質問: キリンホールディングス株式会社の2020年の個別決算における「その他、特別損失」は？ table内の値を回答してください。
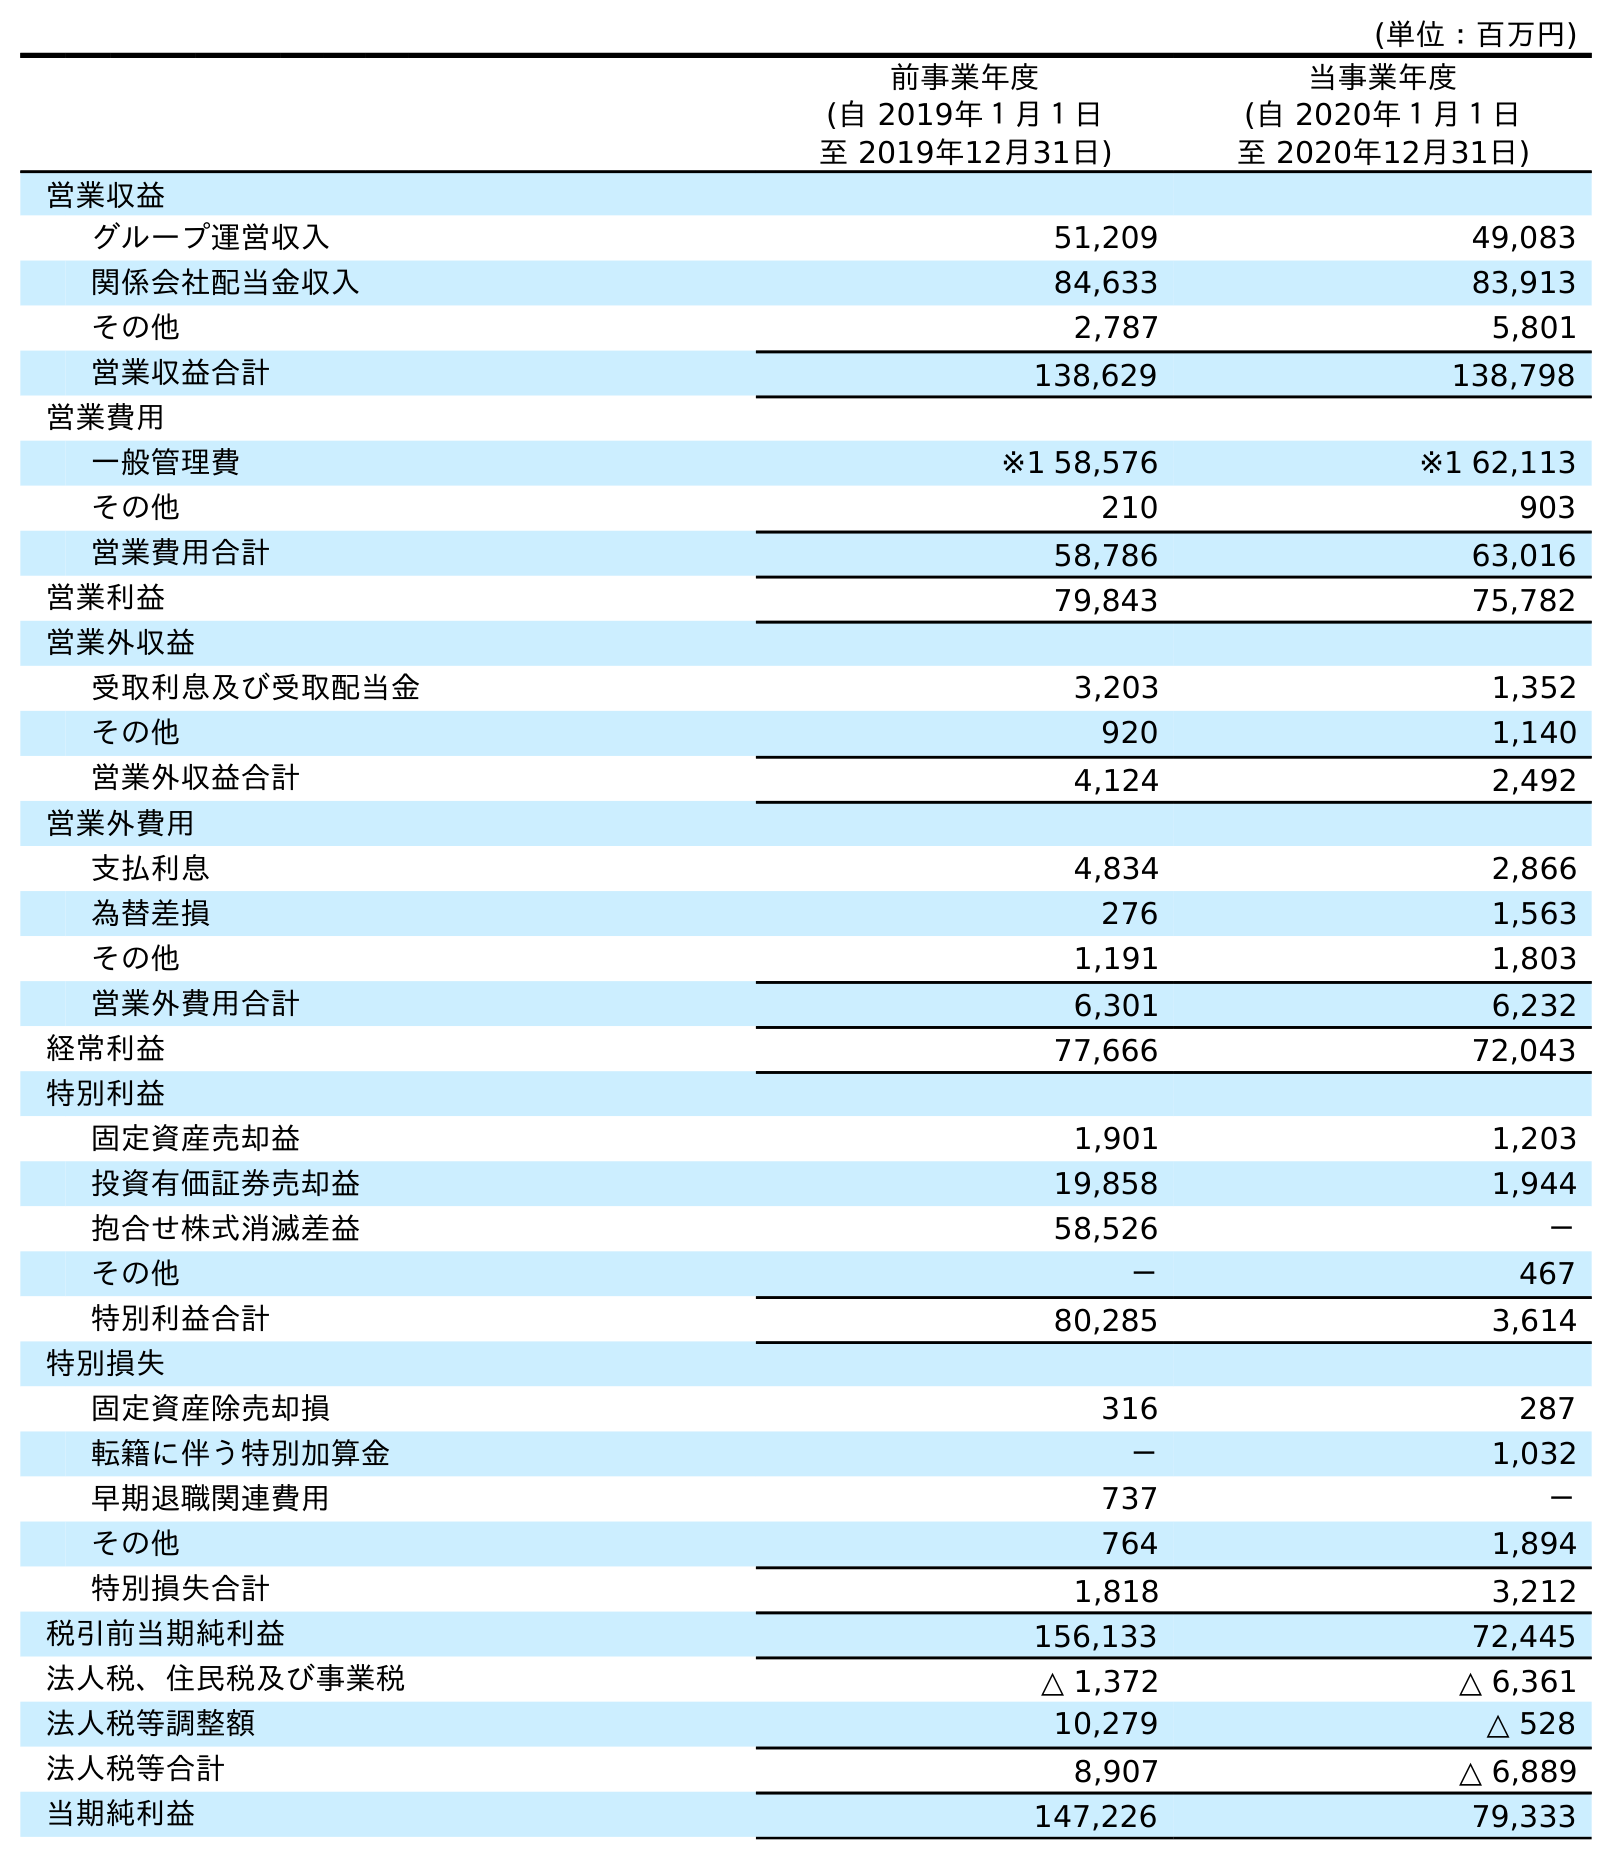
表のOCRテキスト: (単位：百万円) 前事業年度 (自 2019年１月１日 至 2019年12月31日) 当事業年度 (自 2020年１月１日 至 2020年12月31日) 営業収益 グループ運営収入 51,209 49,083 関係会社配当金収入 84,633 83,913 その他 2,787 5,801 営業収益合計 138,629 138,798 営業費用 一般管理費 ※1 58,576 ※1 62,113 その他 210 903 営業費用合計 58,786 63,016 営業利益 79,843 75,782 営業外収益 受取利息及び受取配当金 3,203 1,352 その他 920 1,140 営業外収益合計 4,124 2,492 営業外費用 支払利息 4,834 2,866 為替差損 276 1,563 その他 1,191 1,803 営業外費用合計 6,301 6,232 経常利益 77,666 72,043 特別利益 固定資産売却益 1,901 1,203 投資有価証券売却益 19,858 1,944 抱合せ株式消滅差益 58,526 － その他 － 467 特別利益合計 80,285 3,614 特別損失 固定資産除売却損 316 287 転籍に伴う特別加算金 － 1,032 早期退職関連費用 737 － その他 764 1,894 特別損失合計 1,818 3,212 税引前当期純利益 156,133 72,445 法人税、住民税及び事業税 △ 1,372 △ 6,361 法人税等調整額 10,279 △ 528 法人税等合計 8,907 △ 6,889 当期純利益 147,226 79,333
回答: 1,894